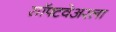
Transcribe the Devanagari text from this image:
सॉफ्टवेअरला